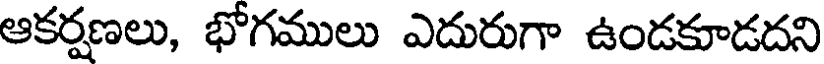
ఆకర్షణలు, భోగములు ఎదురుగా ఉండకూడదని